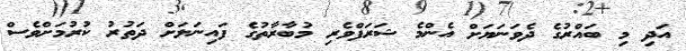
އަދި މި ބައްރުގެ ދެވަނަޔަށް އެންމެ ޝަރަފްވެރި މުބާރާތުގެ ފައިނަލަށް ދަތުރު ކުރުމަށްވެސް